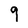
Character: 9